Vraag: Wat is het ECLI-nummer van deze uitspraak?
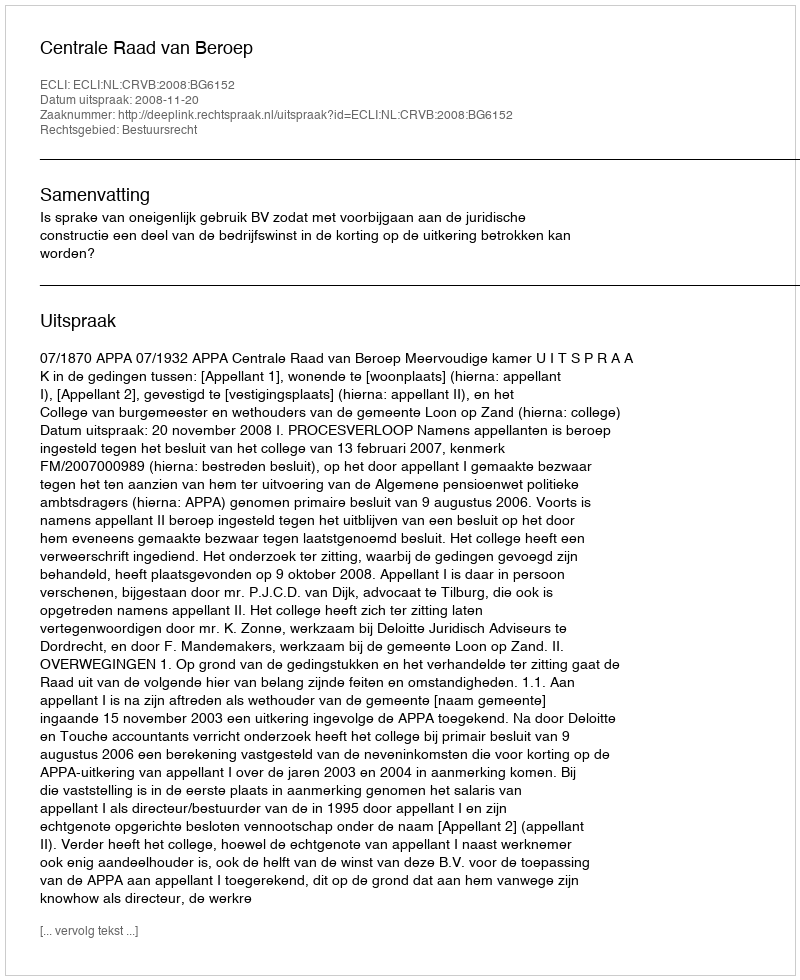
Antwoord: ECLI:NL:CRVB:2008:BG6152